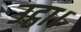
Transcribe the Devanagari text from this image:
उट्ठा।